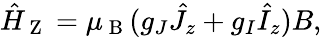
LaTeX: \hat{H}_{\mathrm{~Z~}}=\mu_{\mathrm{~B~}}(g_{J}\hat{J}_{z}+g_{I}\hat{I}_{z})B,